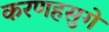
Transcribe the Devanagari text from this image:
करणहसुगे